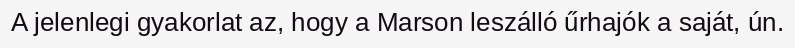
A jelenlegi gyakorlat az, hogy a Marson leszálló űrhajók a saját, ún.